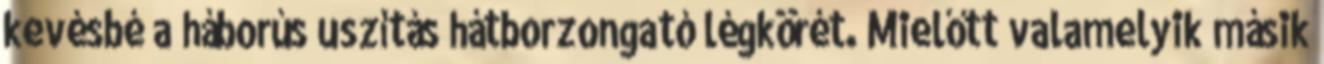
kevésbé a háborús uszítás hátborzongató légkörét. Mielőtt valamelyik másik